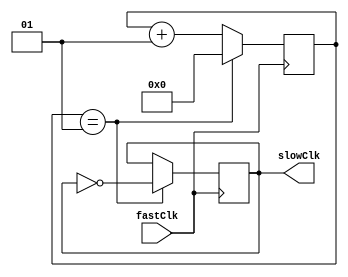
module clkdiv #(parameter divider = 2)(
	input fastClk,
	output reg slowClk = 0
);

integer count = 0;

//parameter divider = 2;

always @(posedge fastClk) begin
	if (count == divider-1) begin
		slowClk <= ~slowClk;
		count <= 0;
	end else begin
		count <= count + 1;
	end
end

endmodule